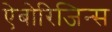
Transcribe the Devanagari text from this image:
ऐबोरिजिन्स